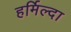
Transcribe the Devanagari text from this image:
हर्मिल्दा